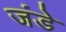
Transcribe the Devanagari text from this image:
जंडे